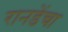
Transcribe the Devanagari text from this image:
रानडेंचा